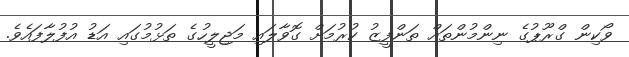
ވޯކިން ގްރޫޕުގެ ނިންމުންތައް ތަންފީޒު ކުރުމަށް ގޮވާލައި މަޖިލީހުގެ ތަޅުމުގައި އަޑު އުފުލާފައެވެ.